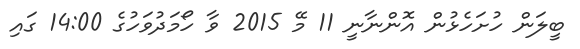
ބީލަން ހުށަހެޅުން އޮންނާނީ 11 މޭ 2015 ވާ ހޯމަދުވަހުގެ 14:00 ގައި